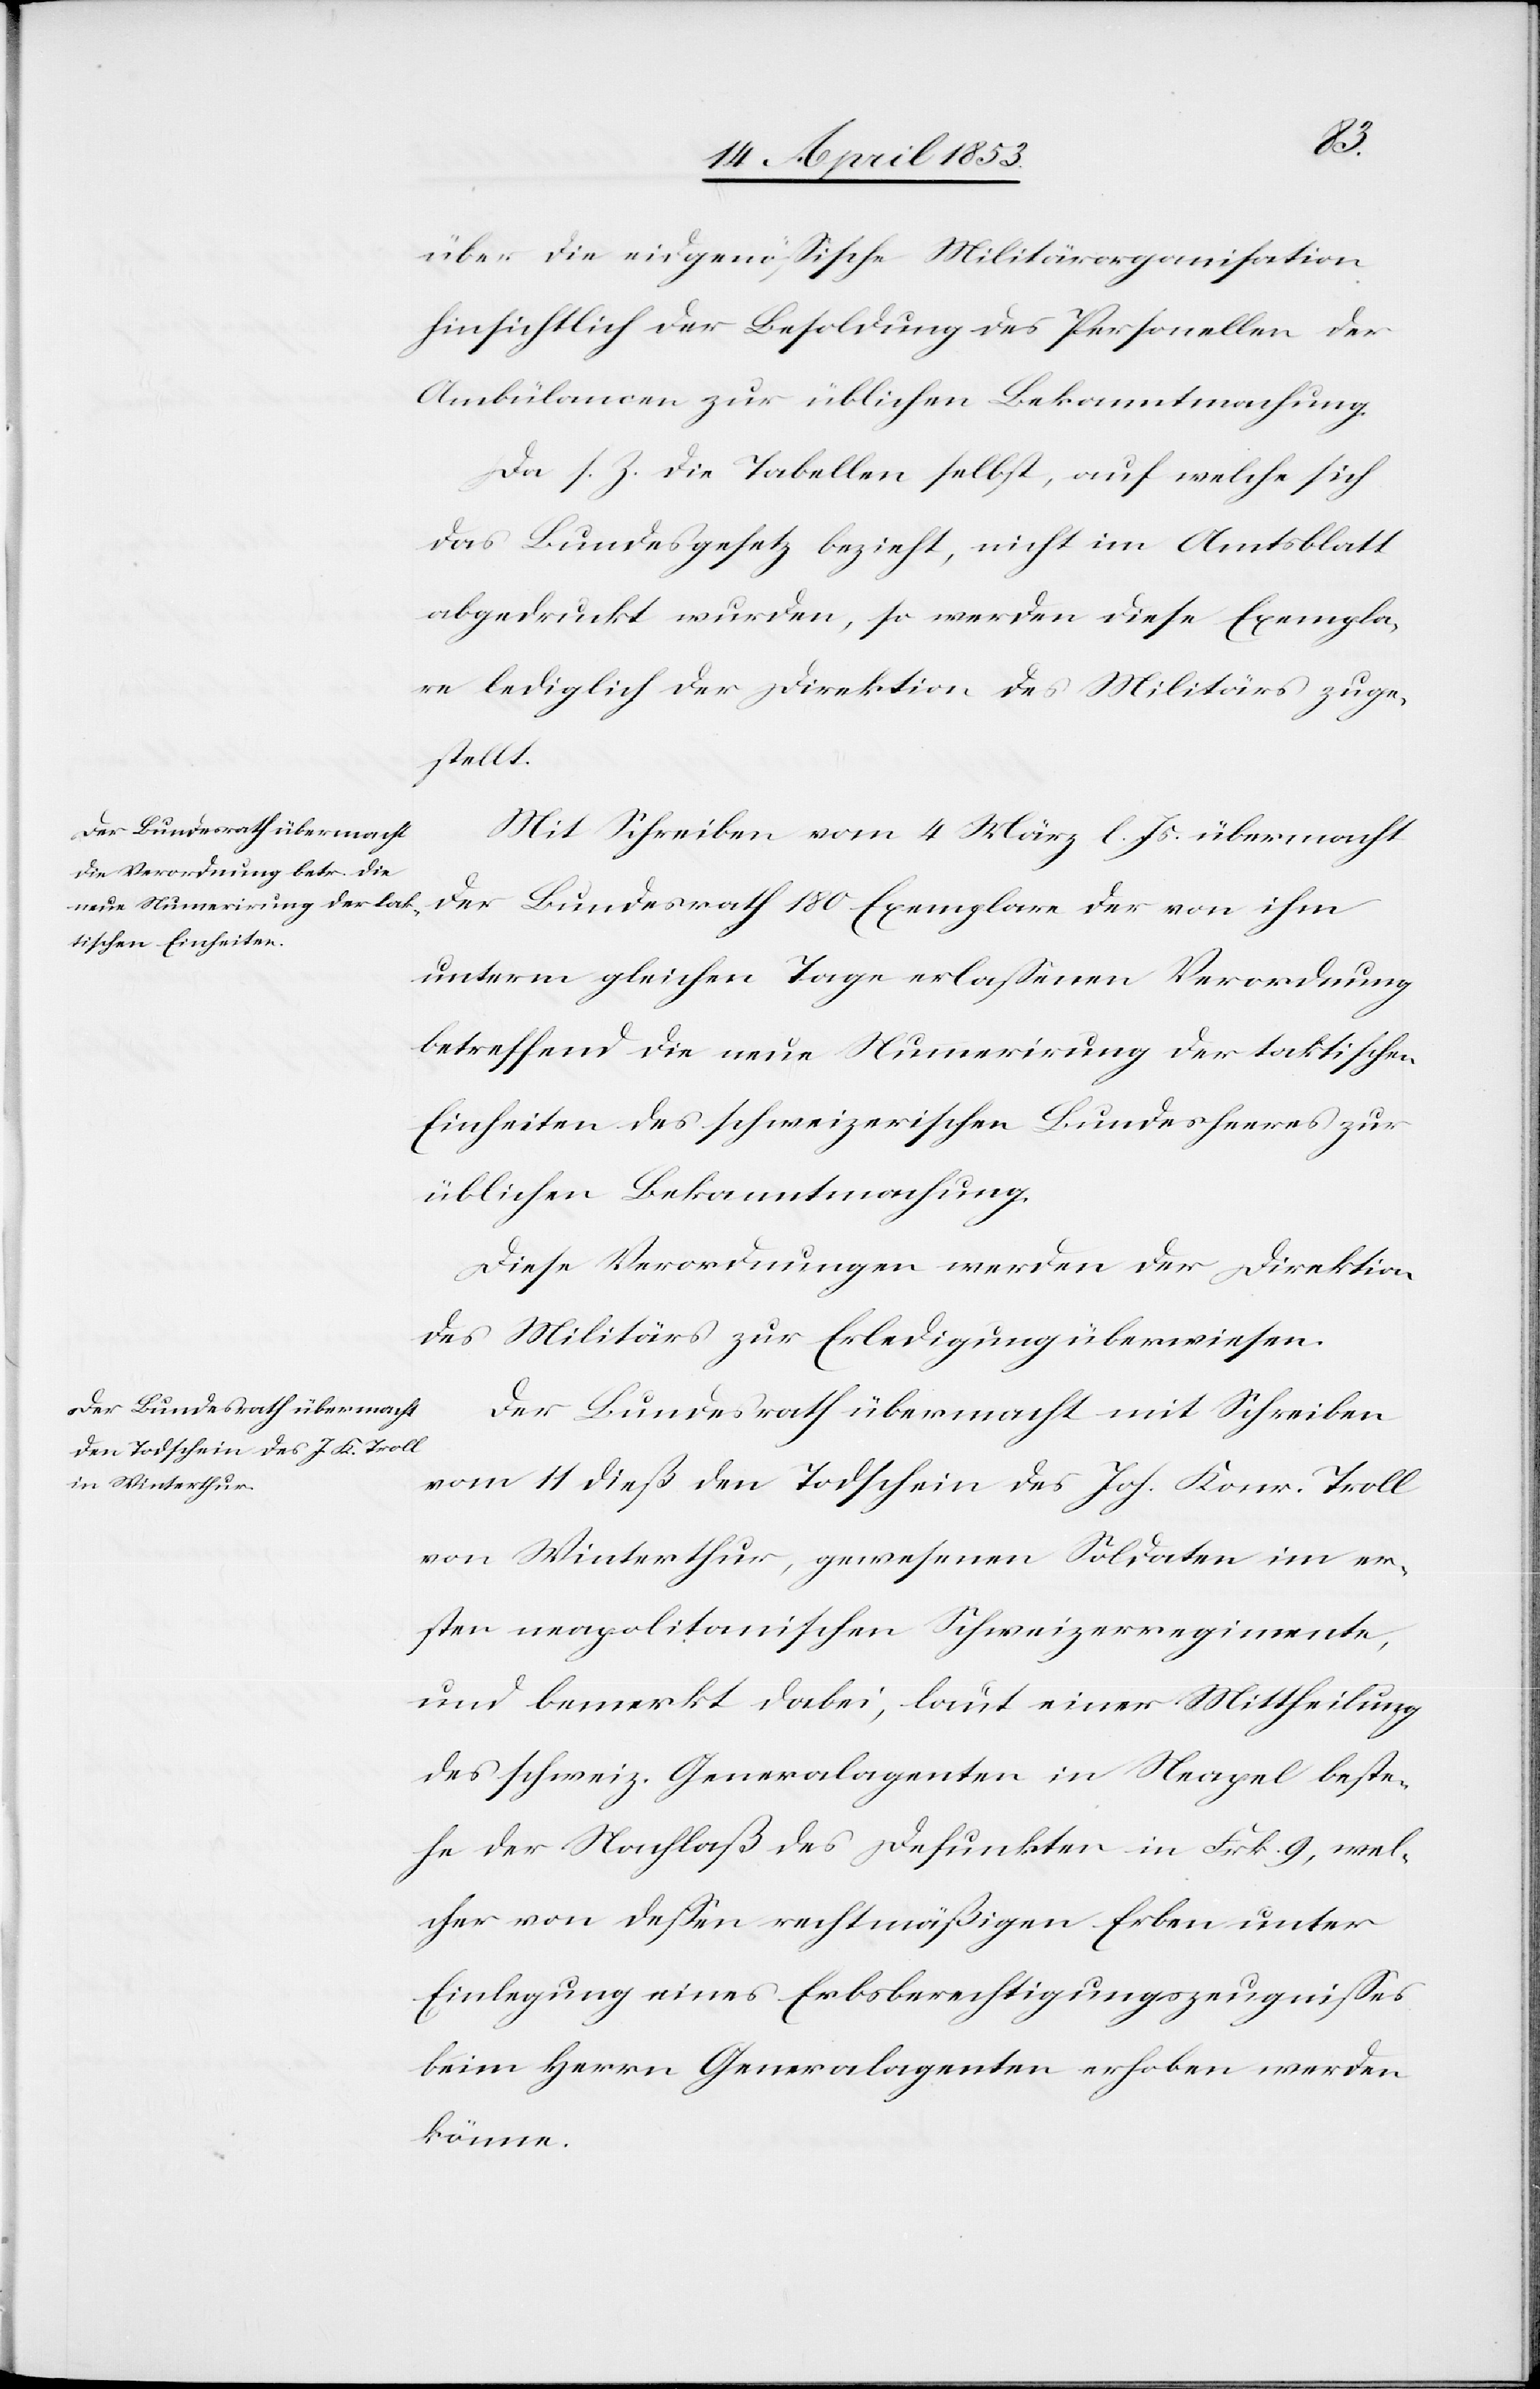
über die eidgenößische Militärorganisation
hinsichtlich der Besoldung des Personellen der
Ambülancen zur üblichen Bekanntmachung.
Da s. Z. die Tabellen selbst, auf welche sich
das Bundesgesetz bezieht, nicht im Amtsblatt
abgedruckt wurden, so werden diese Exempla¬
re lediglich der Direktion des Militärs zuge¬
stellt.
Mit Schreiben vom 4 März l. Js. übermacht
der Bundesrath 180 Exemplare der von ihm
unterm gleichen Tage erlaßenen Verordnung
betreffend die neue Nummerirung der taktischen
Einheiten des schweizerischen Bundesheeres zur
üblichen Bekanntmachung.
Diese Verordnungen werden der Direktion
des Militärs zur Erledigung überwiesen.
Der Bundesrath übermacht mit Schreiben
vom 14 dieß den Todschein des Joh. Konr. Troll
von Winterthur, gewesenen Soldaten im er¬
sten neapolitanischen Schweizerregimente,
und bemerkt dabei, laut einer Mittheilung
des schweiz. Generalagenten in Neapel beste¬
he der Nachlaß des Defunkten in Frk. 9, wel¬
cher von deßen rechtmäßigen Erben unter
Einlegung eines Erbsberechtigungszeugnißes
beim Herrn Generalagenten erhoben werden
könne.